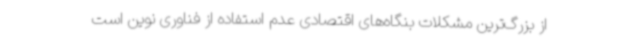
از بزرگ‌ترین مشکلات بنگاه‌های اقتصادی عدم استفاده از فناوری نوین است